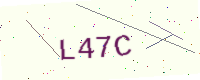
Text: L47C